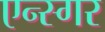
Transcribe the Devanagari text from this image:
एन्स्गर